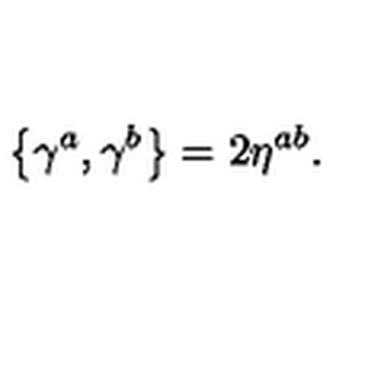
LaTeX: \left\{ \gamma ^ { a } , \gamma ^ { b } \right\} = 2 \eta ^ { a b } .